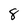
Character: 8